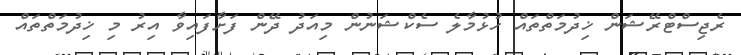
ރެޖިސްޓްރޭޝަން ޚިދުމަތްތައް ހުޅުމާލެ ސެކްޝަނުން މިއަދު ދޭން ފަށާފައިވާ އިރު މި ޚިދުމަތްތައް